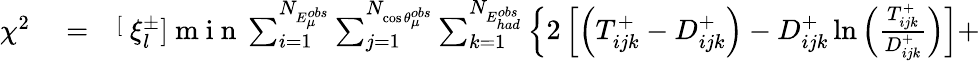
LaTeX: \begin{array}{rlr}{\chi^{2}}&{{}=}&{{\stackrel[\displaystyle{\xi_{l}^{\pm}}]{}{\mathrm{~m~i~n~}}}\sum_{i=1}^{N_{E_{\mu}^{obs}}}\sum_{j=1}^{N_{\cos\theta_{\mu}^{obs}}}\sum_{k=1}^{N_{E_{had}^{obs}}}\left\{ 2\left[\left(T_{ijk}^{+}-D_{ijk}^{+}\right)-D_{ijk}^{+}\ln\left(\frac{T_{ijk}^{+}}{D_{ijk}^{+}}\right)\right]+\right.}\end{array}